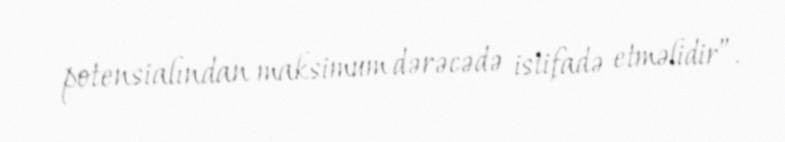
potensialından maksimum dərəcədə istifadə etməlidir”.